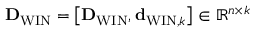
{ \bf D } _ { \mathrm { W I N } } = \left[ { \bf D } _ { \mathrm { W I N } } , { \bf d } _ { \mathrm { W I N } , k } \right] \in \mathbb { R } ^ { n \times k }